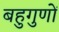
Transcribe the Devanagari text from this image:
बहुगुणों